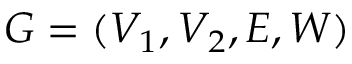
G = ( V _ { 1 } , V _ { 2 } , E , W )